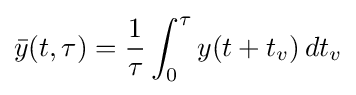
{\bar {y}}(t,\tau )={\frac {1}{\tau }}\int _{0}^{\tau }y(t+t_{v})\,dt_{v}